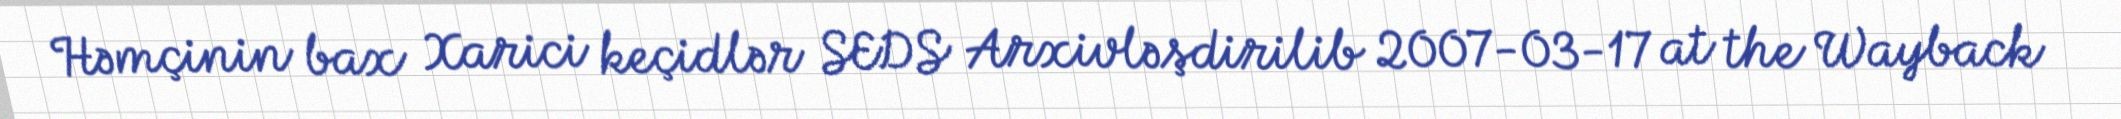
Həmçinin bax Xarici keçidlər SEDS Arxivləşdirilib 2007-03-17 at the Wayback